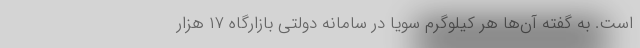
است. به گفته آن‌ها هر کیلوگرم سویا در سامانه دولتی بازارگاه ۱۷ هزار